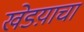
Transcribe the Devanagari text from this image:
खेडय़ाचा